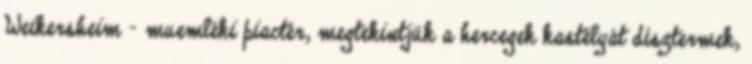
Weikersheim – muemléki piactér, megtekintjük a hercegek kastélyát dísztermek,